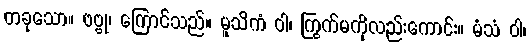
တခုသော။ ဗဗ္ဗု၊ ကြောင်သည်။ မူသိကံ ဝါ၊ ကြွက်မကိုလည်းကောင်း။ မံသံ ဝါ၊